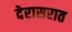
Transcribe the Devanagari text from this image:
देरासरात